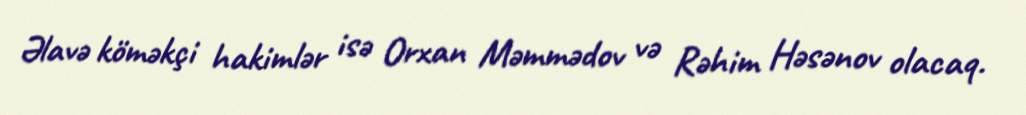
Əlavə köməkçi hakimlər isə Orxan Məmmədov və Rəhim Həsənov olacaq.